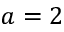
a = 2